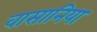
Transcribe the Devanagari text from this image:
वासानिया